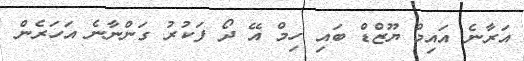
އަރާނެ އައިމް ޔޫޒްޑް ބައި ހިމް އޭ ދޯ ފަކުރު ގަންނާނެ އަހަރެން